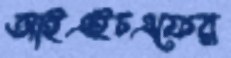
আইএইচএফের